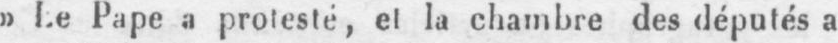
«Le Pape a protesté, et la chambre des députés a